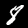
Label: 8